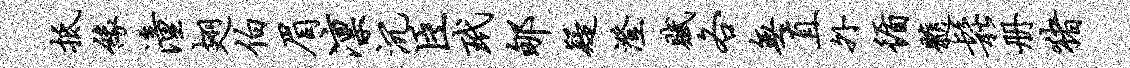
抵缘潼翅伯眉凛沉臣玳郇疑澄赋各无直外循髓松册猪